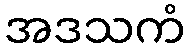
အဒသကံ